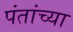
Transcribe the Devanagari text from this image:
पंतांच्या